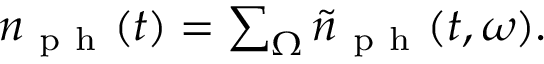
\begin{array} { r } { n _ { \mathrm { ~ p ~ h ~ } } ( t ) = \sum _ { \Omega } \tilde { n } _ { \mathrm { ~ p ~ h ~ } } ( t , \omega ) . } \end{array}